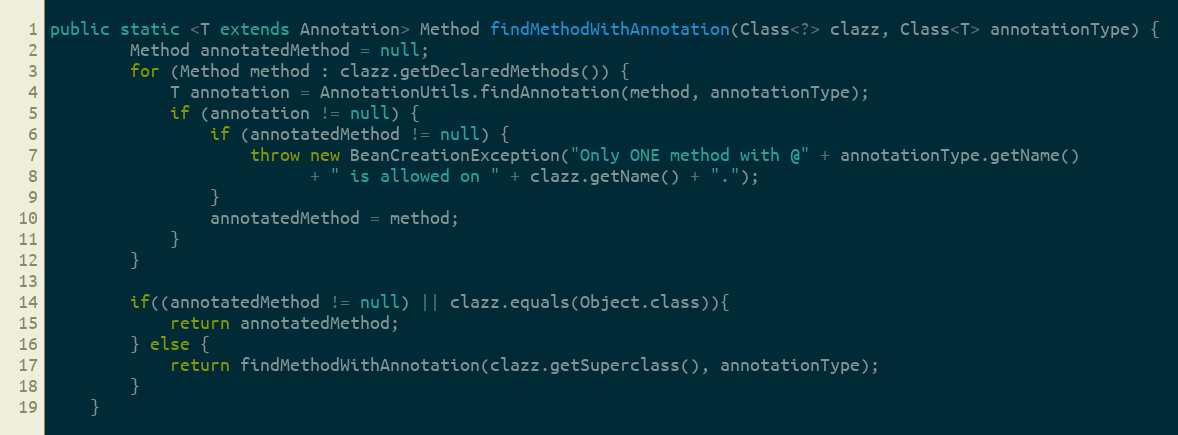
Language: Java
public static <T extends Annotation> Method findMethodWithAnnotation(Class<?> clazz, Class<T> annotationType) {
        Method annotatedMethod = null;
        for (Method method : clazz.getDeclaredMethods()) {
            T annotation = AnnotationUtils.findAnnotation(method, annotationType);
            if (annotation != null) {
                if (annotatedMethod != null) {
                    throw new BeanCreationException("Only ONE method with @" + annotationType.getName()
                          + " is allowed on " + clazz.getName() + ".");
                }
                annotatedMethod = method;
            }
        }

        if((annotatedMethod != null) || clazz.equals(Object.class)){
            return annotatedMethod;
        } else {
            return findMethodWithAnnotation(clazz.getSuperclass(), annotationType);
        }
    }